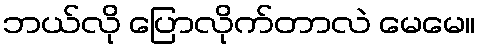
ဘယ်လို ပြောလိုက်တာလဲ မေမေ။